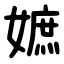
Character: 嫬